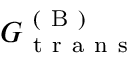
G _ { \mathrm { ~ t ~ r ~ a ~ n ~ s ~ } } ^ { \mathrm { ~ ( ~ B ~ ) ~ } }